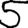
Digit: 5